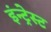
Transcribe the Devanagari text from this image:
इंन्ट्रेस्ट